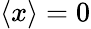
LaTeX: \langle x\rangle=0